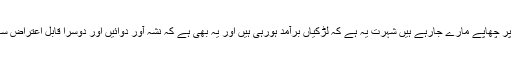
اس وقت دہلی اور دوسرے شہروں میں بابا وریندر دیو دکشت کے خفیہ ٹھکانوں پر چھاپے مارے جارہے ہیں شہرت یہ ہے کہ لڑکیاں برآمد ہورہی ہیں اور یہ بھی ہے کہ نشہ آور دوائیں اور دوسرا قابل اعتراض سامان بھی نکل رہا ہے اور یہ بھی ہے کہ کچھ لڑکیاں آشرم سے نہیں جانا چاہتیں۔